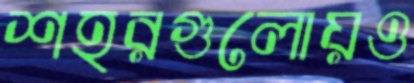
শহরগুলোয়ও